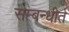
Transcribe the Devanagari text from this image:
सम्‍बन्‍धीत